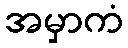
အမှာကံ